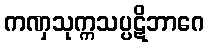
ကဏှသုက္ကသပ္ပဋိဘာဂေ